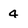
Character: 4